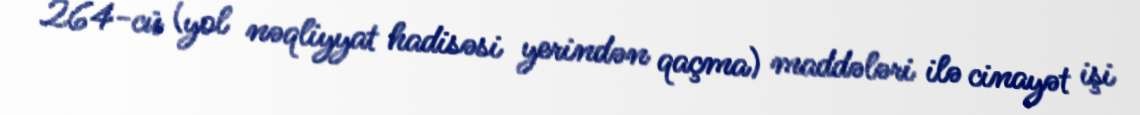
264-cü (yol nəqliyyat hadisəsi yerindən qaçma) maddələri ilə cinayət işi